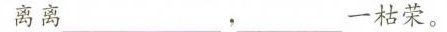
离离___，____一枯荣。